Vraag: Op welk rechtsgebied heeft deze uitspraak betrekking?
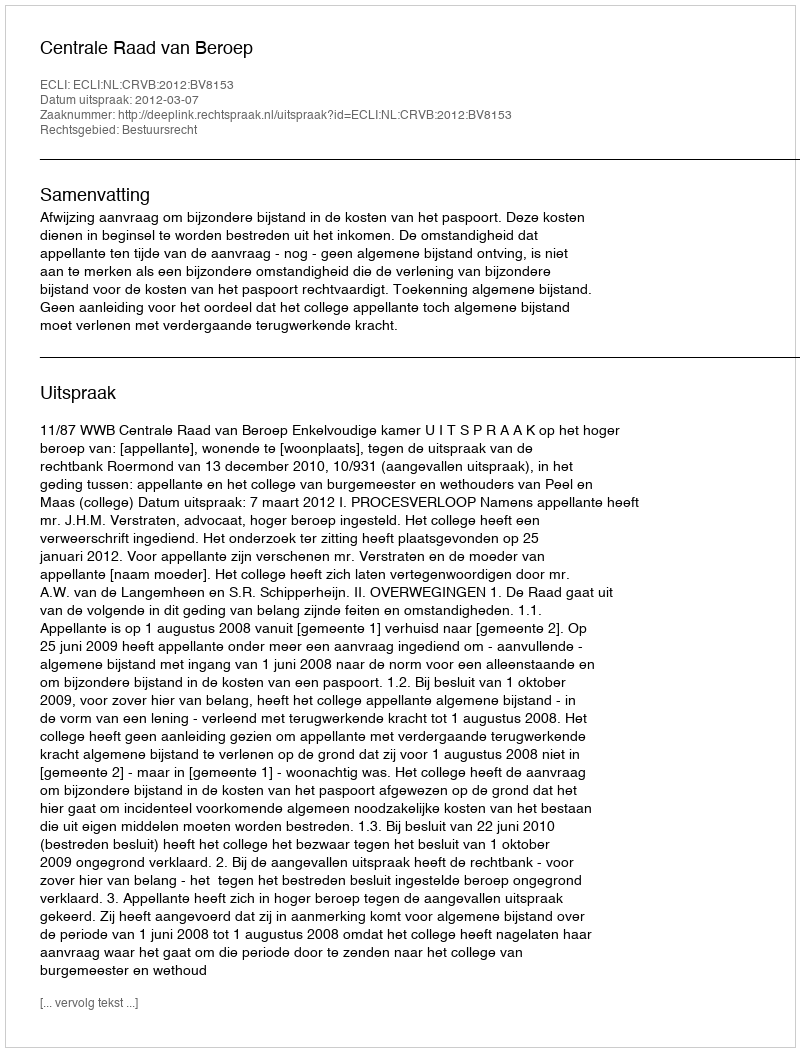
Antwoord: Bestuursrecht